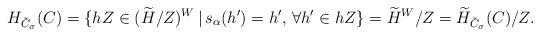
LaTeX: \begin{align*}H_{\tilde{C}_\sigma}(C)&= \{hZ\in(\widetilde{H}/Z)^W \,|\, s_\alpha(h')=h', \,\forall h'\in hZ \} = \widetilde{H}^W/Z = \widetilde{H}_{\tilde{C}_\sigma}(C)/Z.\end{align*}